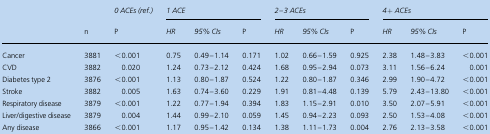
|  |  | 0 ACEs (ref.) | <COLSPAN=3> 1 ACE | <COLSPAN=3> 2–3 ACEs | <COLSPAN=3> 4+ ACEs |
 |  | n | P | HR | 95% CIs | P | HR | 95% CIs | P | HR | 95% CIs | P |
 | --- | --- | --- | --- | --- | --- | --- | --- | --- | --- | --- | --- |
 | Cancer | 3881 | <0.001 | 0.75 | 0.49–1.14 | 0.171 | 1.02 | 0.66–1.59 | 0.925 | 2.38 | 1.48–3.83 | <0.001 |
 | CVD | 3882 | 0.020 | 1.24 | 0.73–2.12 | 0.424 | 1.68 | 0.95–2.94 | 0.073 | 3.11 | 1.56–6.24 | 0.001 |
 | Diabetes type 2 | 3876 | <0.001 | 1.13 | 0.80–1.87 | 0.524 | 1.22 | 0.80–1.87 | 0.346 | 2.99 | 1.90–4.72 | <0.001 |
 | Stroke | 3882 | 0.005 | 1.63 | 0.74–3.60 | 0.229 | 1.91 | 0.81–4.48 | 0.139 | 5.79 | 2.43–13.80 | <0.001 |
 | Respiratory disease | 3879 | <0.001 | 1.22 | 0.77–1.94 | 0.394 | 1.83 | 1.15–2.91 | 0.010 | 3.50 | 2.07–5.91 | <0.001 |
 | Liver/digestive disease | 3879 | 0.004 | 1.44 | 0.99–2.10 | 0.059 | 1.45 | 0.94–2.23 | 0.093 | 2.50 | 1.53–4.08 | <0.001 |
 | Any disease | 3866 | <0.001 | 1.17 | 0.95–1.42 | 0.134 | 1.38 | 1.11–1.73 | 0.004 | 2.76 | 2.13–3.58 | <0.001 |